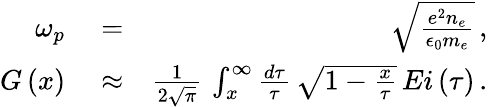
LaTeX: \begin{array}{rlr}{\omega_{p}}&{{}=}&{\sqrt{\frac{e^{2}n_{e}}{\epsilon_{0}m_{e}}}\, ,}\\ {G\left(x\right)}&{{}\approx}&{\frac{1}{2\sqrt{\pi}}\, \int_{x}^{\infty}\frac{d\tau}{\tau}\, \sqrt{1-\frac{x}{\tau}}\, Ei\left(\tau\right)\, .}\end{array}